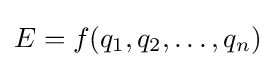
E=f(q_{1},q_{2},\dots ,q_{n})